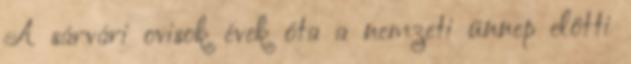
A sárvári ovisok évek óta a nemzeti ünnep előtti